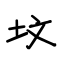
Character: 坟